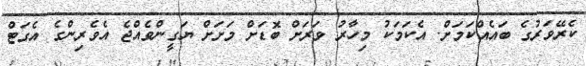
ކެރޭވަރުގެ ބައެއްކަމަށް. އެކަމަކު މިހާރު ވަރަށް ބޮޑަށް މަށަށް ޔަގީންވެއްޖެ އެވެރިންގެ އެގަޓް